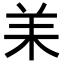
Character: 𦍎